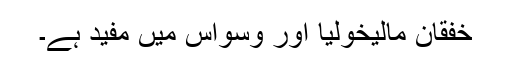
خفقان مالیخولیا اور وسواس میں مفید ہے۔